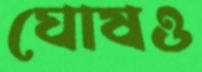
ঘোষও